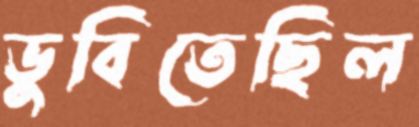
ডুবিতেছিল